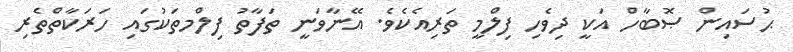
ޙުސައިން ޞޮބާހް އަކީ ދިވެހި ފިލްމީ ތަރިއެކެވެ. އޭނާވަނީ ތަފާތު ފިލްމތަކުގައި ހަރަކާތްތެރި